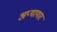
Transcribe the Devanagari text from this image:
अप्यायार